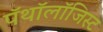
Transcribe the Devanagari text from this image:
पॅथॉलॉजिस्ट